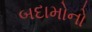
બદામોનો